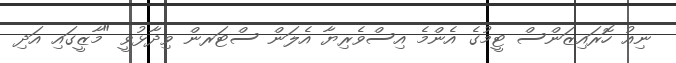
ނިއު ހޮރައިޒަންސް ޓީމުގެ އެންމެ އިސްވެރިޔާ އެލަން ސްޓަރން ވިދާޅުވީ "މާޒީގައި އަދި